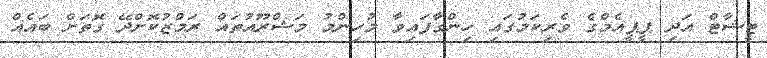
ޓީޝާޓް އަދި ޕީޕީއެމްގެ ވެރިކަމުގައި ހިންގާފައިވާ މުހިންމު މަޝްރޫއުތައް ރަމްޒުކޮށްދޭ ގޮތަށް ބައެއް